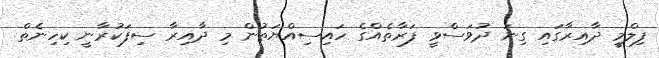
ފިލްމީ ދާއިރާގައި ގިނަ ދުވަސްވީ ފަރާތެއްގެ ހައިސިއްޔަތުން މި ދާއިރާ ސިފަކުރާނީ ކިހިނެތް